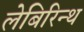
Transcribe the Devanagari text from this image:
लेबिरिन्थ